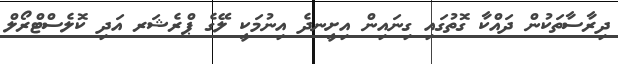
ދިރާސާތަކުން ދައްކާ ގޮތުގައި ގިނައިން އިށީނދެ އިނުމަކީ ލޭގެ ޕްރެޝަރ އަދި ކޮލެސްޓްރޯލް